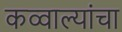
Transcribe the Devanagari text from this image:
कव्वाल्यांचा